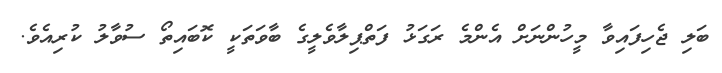
ބަލި ޖެހިފައިވާ މީހުންނަށް އެންމެ ރަގަޅު ފަތްޕިލާވެލީގެ ބާވަތަކީ ކޮބައިތޯ ސުވާލު ކުރިއެވެ.